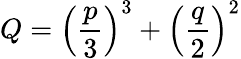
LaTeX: Q=\left(\frac{p}{3}\right)^{3}+\left(\frac{q}{2}\right)^{2}